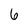
Character: 6